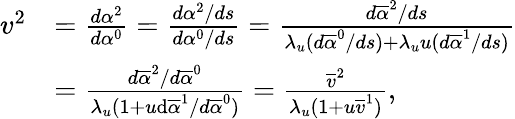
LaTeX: \begin{array}{rl}{v^{2}}&{=\frac{d\alpha^{2}}{d\alpha^{0}}=\frac{d\alpha^{2}/ds}{d\alpha^{0}/ds}=\frac{d\overline{{\alpha}}^{2}/ds}{\lambda_{u}(d\overline{{\alpha}}^{0}/ds)+\lambda_{u}u(d\overline{{\alpha}}^{1}/ds)}}\\ &{=\frac{d\overline{{\alpha}}^{2}/d\overline{{\alpha}}^{0}}{\lambda_{u}(1+u\mathrm d\overline{{\alpha}}^{1}/d\overline{{\alpha}}^{0})}=\frac{\overline{{v}}^{2}}{\lambda_{u}(1+u\overline{{v}}^{1})},}\end{array}